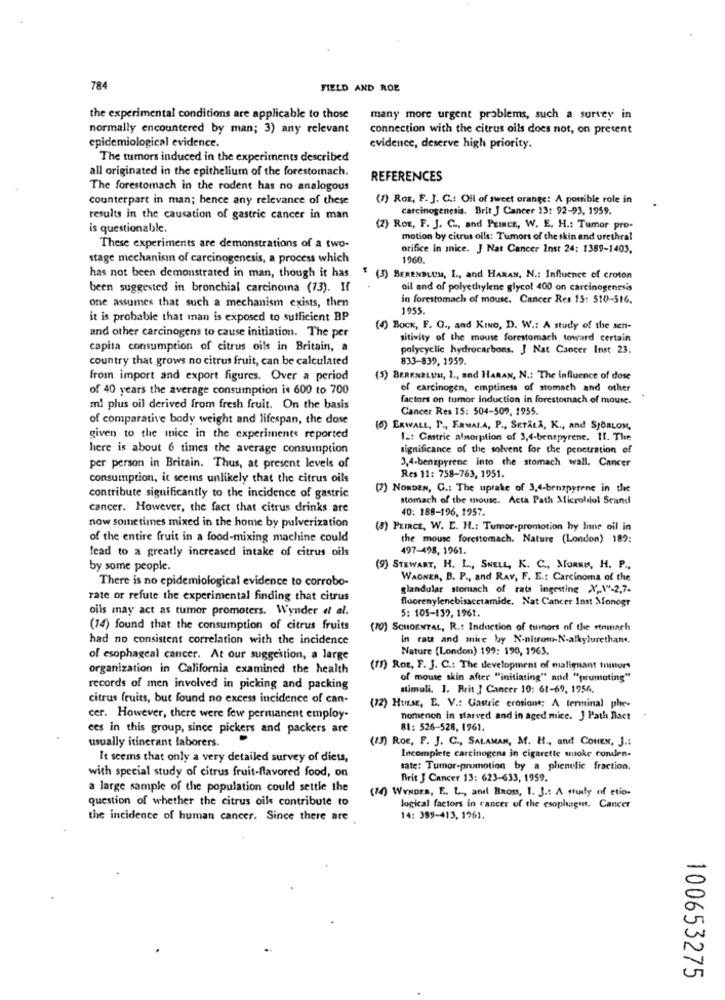
784
FIELD AND ROE
the experimental conditions are applicable to those
many more urgent problems, such a survey in
normally encountered by man; 3) any relevant
connection with the citrus oils does not, on present
epidemiological evidence.
evidence, deserve high priority.
The tumors induced in the experiments described
all originated in the epithelium of the forestomnach.
REFERENCES
The forestomach in the rodent has no analogous
counterpart in man; hence any relevance of these
(7) ROE, F. J. C .: Oil of sweet orange: A possible role in
carcinogenesis. Brit J Cancer 13: 92-93, 1959.
results in the causation of gastric cancer in man
is questionable.
(2) Roz, F. J. C ., and Prince, W. E. H .: Tumor pro-
motion by citrus oils: Tumors of the skin end urethral
These experiments are demonstrations of a two-
orifice in mnice. J Nat Cancer Inst 24: 1389-1403.
stage mechanism of carcinogenesis, a process which
1960.
has not been demonstrated in man, though it has
(3) BERENBLUM, I ., and HARAN, N .: Influence of croton
been suggested in bronchial carcinoma (13). If
oil and of polyethylene glycol 400 on carcinogenesis
one assumes that such a mechanism exists, then
in forestomach of mouse. Cancer Res 15: 510-516.
1955.
it is probable that man is exposed to sufficient BP
and other carcinogens to cause initiation. The per
(4) Bock, F. O ., and KINo, D. W .: A study of the sen-
sitivity of the mouse forestomach toward certain
capita consumption of citrus oils in Britain, a
polycyclic hydrocarbons. J Nat Cancer Inst 23.
country that grows no citrus fruit, can be calculated
833-839, 1959.
from import and export figures. Over a period
(5) BERENBLUM, 1 ., and HARAN, N .: The influence of dose
of 40 years the average consumption is 600 to 700
of carcinogen, emptiness of stomach and other
factors on tumor induction in forestorach of mouse.
ml plus oil derived from fresh fruit. On the basis
Cancer Res 15: 504-509. 1955.
of comparative body weight and lifespan, the dose
(6) EKWALL, P ., ERMALA, P ., SKTALA, K ., and SJÖBLOM,
given to the mice in the experiments reported
I .: Gastric alsorption of 3,4-benspyrene. 11. The
here is about 6 times the average consumption
significance of the solvent for the penetration of
3,4-benzpyrene into the stomach wall. Cancer
per person in Britain. Thus, at present levels of
consumption, it seems unlikely that the citrus oils
Res 11: 758-763, 1951.
(7) NORDEN, C .: The uprake of 3,4-benzpyrene in the
contribute significantly to the incidence of gastric
stomach of the mouse. Acta Path Microbiol Scand
cancer. However, the fact that citrus drinks are
40: 188-196, 1957.
now sometimes mixed in the home by pulverization
(8) PEIRCE, W. E. H .: Tumor-promotion hy lime oil in
of the entire fruit in a food-mixing machine could
the mouse forestomach. Nature (London) 189:
lead to a greatly increased intake of citrus oils
497-498, 1961.
by some people.
(9) STEWART, H. L ., SHELL, K. C ., MORNES, H. P .,
There is no epidemiological evidence to corrobo-
WAONER, B. P ., and RAY, F. E .: Carcinoma of the
glandular stomach of rate ingessine X 1"-2.7.
rate or refute the experimental finding that citrus
fluorenylenebisacctamide. Nat Cancer Inst Monogr
oils may act as tumor promoters. Wynder et al.
5: 105-139, 1961.
(14) found that the consumption of citrus fruits
(70) SCHOENTAL, R .: Induction of tumors of the stomach
had no consistent correlation with the incidence
in raus and mice by N-nitroso-N-alkylurethane.
Nature (London) 199: 190, 1963.
of esophageal cancer. At our suggestion, a large
organization in California examined the health
(11) Roz, F. J. C .: The development of malignant minors
of mouse skin after "initiating" and "promoting"
records of men involved in picking and packing
stimuli. 1. Reit ] Cancer 10: 61-69, 1756.
citrus fruits, but found no excess incidence of can-
(72) Husse, E. V .: Gastric erosions; A terminal phe-
cer. However, there were few permanent employ-
nomenon in starved and in aged mice. J Path Bact +
ces in this group, since pickers and packers are
81: 526-528, 1961.
usually itinerant laborers.
(13) RoE, F. J. C ., SALAMAN, M. H ., and CouEN, J .:
Incomplete carcinogens in cigarette stoke conden.
It seems that only a very detailed survey of diets,
sate: Tumor-promotion by a phenelic fraction.
with special study of citrus fruit-flavored food, on
Brit J Cancer 13: 623-633, 1959.
a large sample of the population could settle the
(10) WYNDER, E. L ., and Baoss, 1. J .: A study of etio-
question of whether the citrus oils contribute to
logical factors in cancer of the esophagus. Cancer
the incidence of human cancer. Since there are
14: 389-413, 1961.
100653275